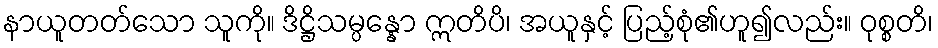
နာယူတတ်သော သူကို။ ဒိဋ္ဌိသမ္ပန္နော ဣတိပိ၊ အယူနှင့် ပြည့်စုံ၏ဟူ၍လည်း။ ဝုစ္စတိ၊